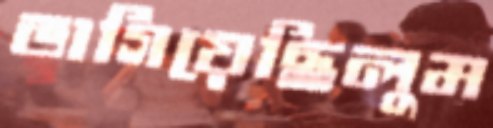
ভাগিয়েছিলুম